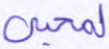
لمحيي